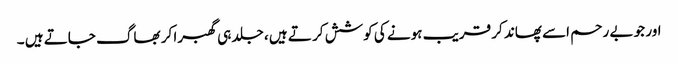
اور جو بے رحم اسے پھاند کر قریب ہونے کی کوشش کر تے ہیں ، جلد ہی گھبرا کر بھاگ جاتے ہیں ۔